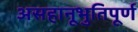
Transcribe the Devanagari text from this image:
असहानूभुतिपूर्ण